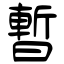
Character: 暫